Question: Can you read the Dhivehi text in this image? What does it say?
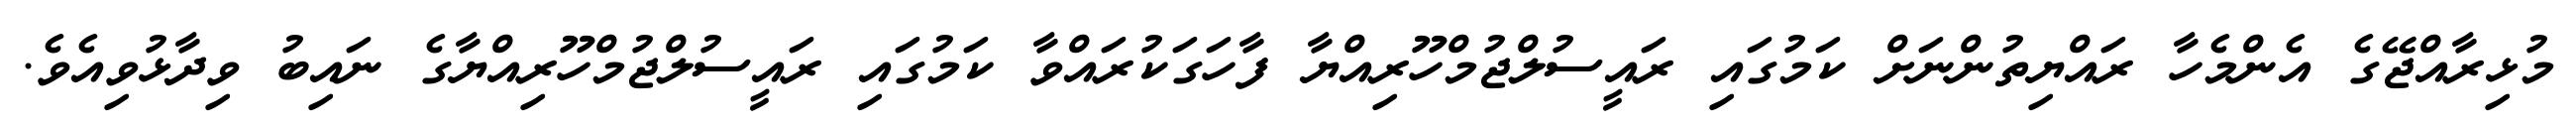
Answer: މުޅިރާއްޖޭގެ އެންމެހާ ރައްޔިތުންނަށް ކަމުގައި ރައީސުލްޖުމްހޫރިއްޔާ ފާހަގަކުރައްވާ ކަމުގައި ރައީސުލްޖުމްހޫރިއްޔާގެ ނައިބު ވިދާޅުވިއެވެ.